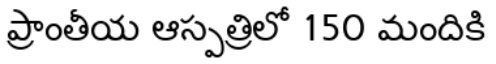
ప్రాంతీయ ఆస్పత్రిలో 150 మందికి